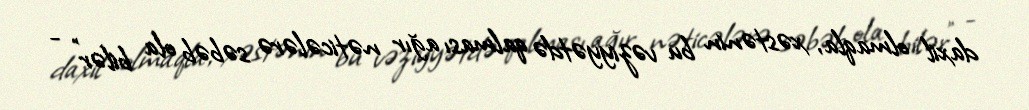
daxil olmaqla, xəstənin bu vəziyyətdə qalması ağır nəticələrə səbəb ola bilər” -